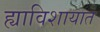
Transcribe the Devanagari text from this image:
ह्याविशायात